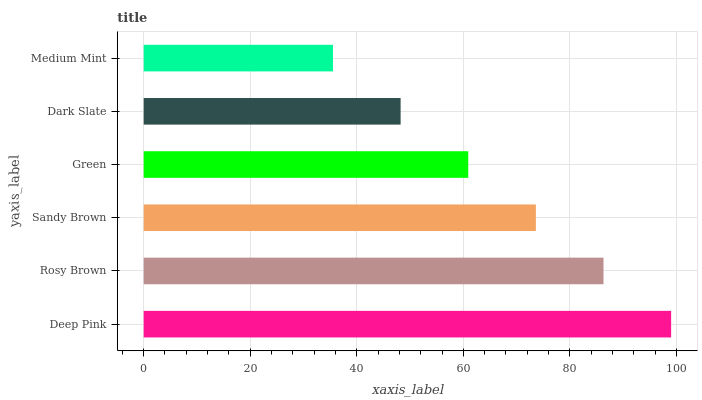
| yaxis_label | bars |
 | --- | --- |
 | Deep Pink | 99 |
 | Rosy Brown | 86.3 |
 | Sandy Brown | 73.6 |
 | Green | 60.9 |
 | Dark Slate | 48.2 |
 | Medium Mint | 35.5 |